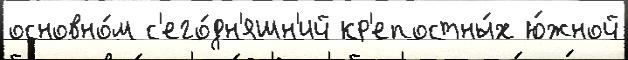
основно́м с'его́дн'яшн'ий кр'епостны́х ю́жной